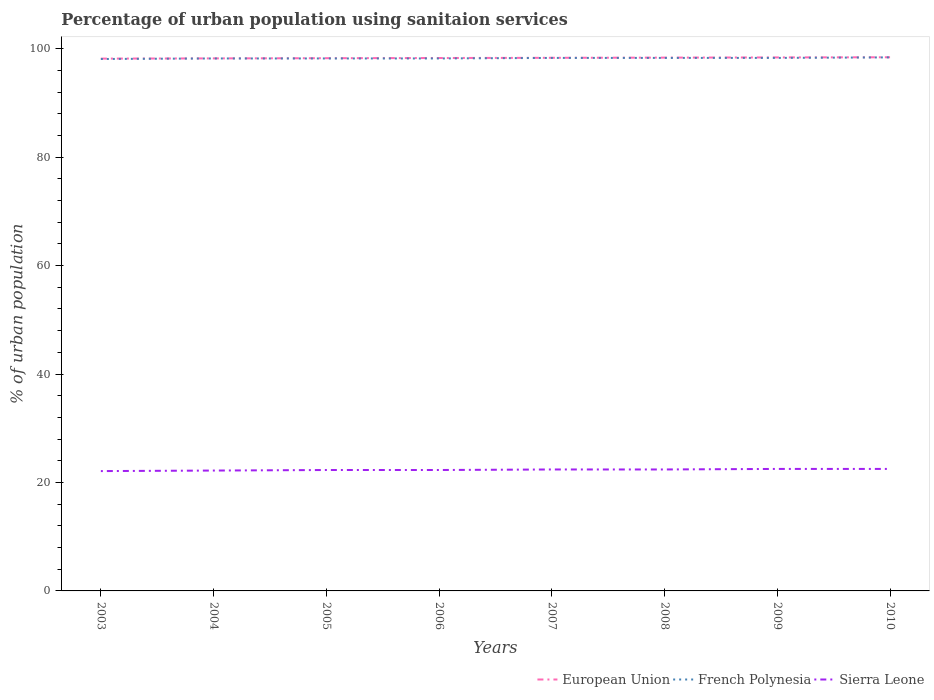
| Years | European Union | French Polynesia | Sierra Leone |
 | --- | --- | --- | --- |
 | 2003 | 98.2 | 98.1 | 22.1 |
 | 2004 | 98.2 | 98.2 | 22.2 |
 | 2005 | 98.3 | 98.2 | 22.3 |
 | 2006 | 98.3 | 98.2 | 22.3 |
 | 2007 | 98.3 | 98.3 | 22.4 |
 | 2008 | 98.4 | 98.3 | 22.4 |
 | 2009 | 98.4 | 98.3 | 22.5 |
 | 2010 | 98.4 | 98.4 | 22.5 |